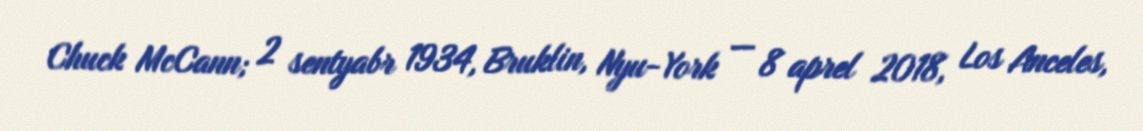
Chuck McCann; 2 sentyabr 1934, Bruklin, Nyu-York — 8 aprel 2018, Los Anceles,